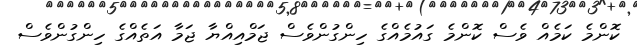
ކޮންމެ ކަމެއް ވެސް ކޮންމެ ގައުމެއްގެ ހިންގުންވެސް ޖަމްއިއްޔާ ޖަމާ އަތެއްގެ ހިންގުންވެސް